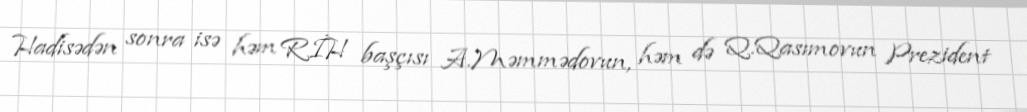
Hadisədən sonra isə həm RİH başçısı A.Məmmədovun, həm də Q.Qasımovun Prezident